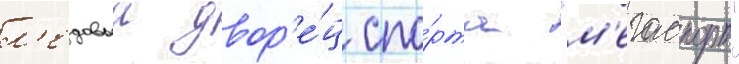
л'едовыи двор'е́ц спо́рта "м'егаспорт"